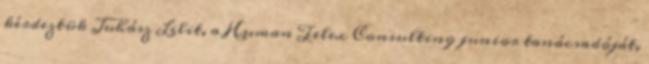
kérdeztük Juhász Lilit, a Human Telex Consulting junior tanácsadóját,